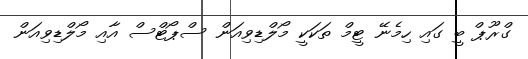
ގްރޫޕް ބީ ގައި ހިމެނޭ ޓީމް ތަކަކީ މޯލްޑިވިއަން ސްޕޯޓްސް އާއި މޯލްޑިވިއަން